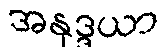
အနုဒ္ဒယာ